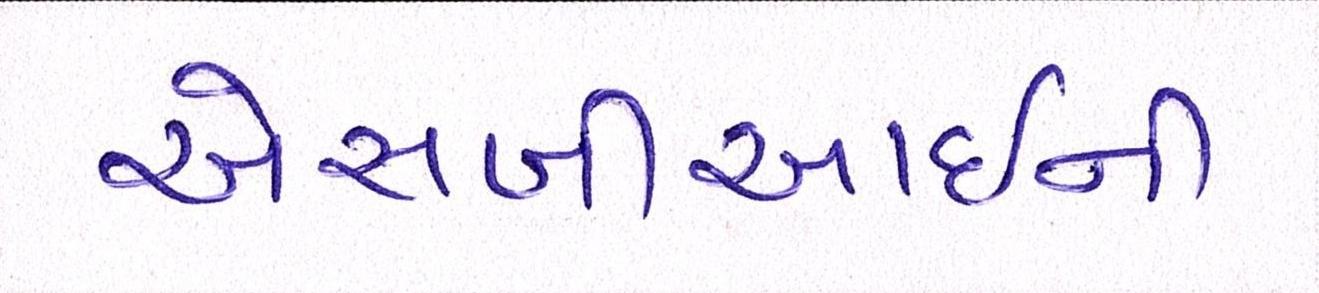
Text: એસબીઆઈની